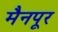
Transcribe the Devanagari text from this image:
मैनपूर